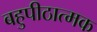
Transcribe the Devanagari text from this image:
बहुपीठात्मक